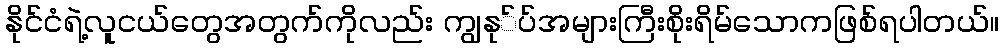
နိုင်ငံရဲ့လူငယ်တွေအတွက်ကိုလည်း ကျွနု်ပ်အများကြီးစိုးရိမ်သောကဖြစ်ရပါတယ်။